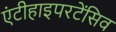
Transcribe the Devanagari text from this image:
एंटीहाइपरटेंसिव